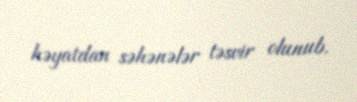
həyatdan səhənələr təsvir olunub.